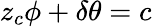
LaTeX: z_{c}\phi+\delta\theta=c